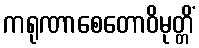
ကရုဏာစေတောဝိမုတ္တိံ